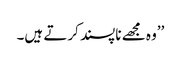
’’وہ مجھے ناپسند کرتے ہیں۔